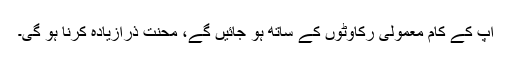
آپ کے کام معمولی رکاوٹوں کے ساتھ ہو جائیں گے، محنت ذرازیادہ کرنا ہو گی۔